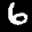
Digit: 6